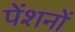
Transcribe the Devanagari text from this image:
पेंशनों